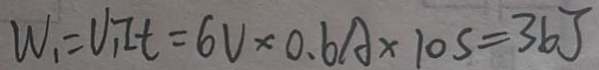
W _ { 1 } = U _ { 1 } I t = 6 V \times 0 . 6 A \times 1 0 s = 3 6 J